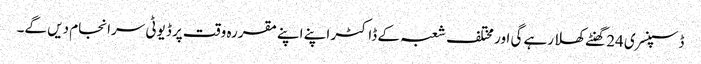
ڈسپنسری 24 گھنٹے کھلا رہے گی اور مختلف شعبہ کے ڈاکٹر اپنے اپنے مقررہ وقت پر ڈیوٹی سرانجام دیں گے۔